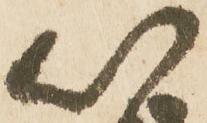
以